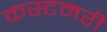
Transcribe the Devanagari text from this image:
कस्टमरी